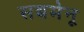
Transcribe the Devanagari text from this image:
सबमेनू